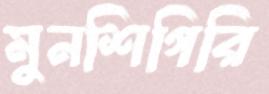
মুনশিগিরি